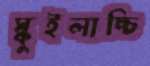
স্কুইলাচ্চি